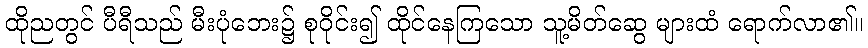
ထိုညတွင် ပီရီသည် မီးပုံဘေး၌ စုဝိုင်း၍ ထိုင်နေကြသော သူ့မိတ်ဆွေ များထံ ရောက်လာ၏။